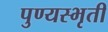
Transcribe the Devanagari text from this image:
पुण्यस्भृती